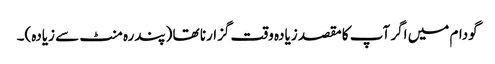
گودام میں اگر آپ کا مقصد زیادہ وقت گزارنا تھا (پندرہ منٹ سے زیادہ)۔